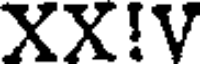
XX!V